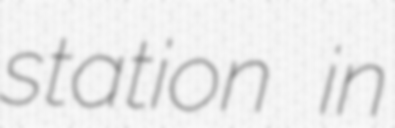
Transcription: station in